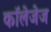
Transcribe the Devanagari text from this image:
कॉलेजेज